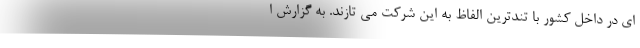
ای در داخل کشور با تندترین الفاظ به این شرکت می تازند. به گزارش ا